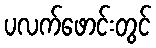
ပလက်ဖောင်းတွင်